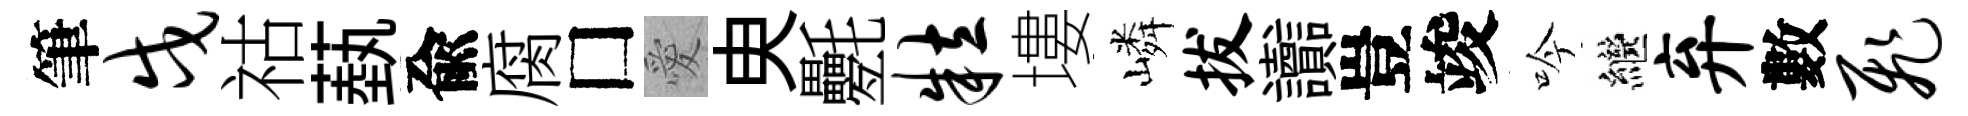
筆戍祜蓺兪腐□愛㬰氎粒塿嶙拔讟豈竣吟繼弃數飞